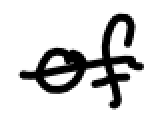
Text: of
Cross-out: single-line
Writing tool: digital_black